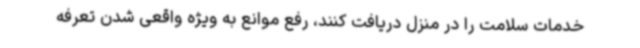
خدمات سلامت را در منزل دریافت کنند، رفع موانع به ویژه واقعی شدن تعرفه